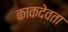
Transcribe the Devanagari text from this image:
काकदेवता